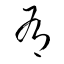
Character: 有